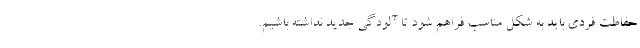
حفاظت فردی باید به شکل مناسب فراهم شود تا آلودگی جدید نداشته باشیم.